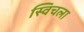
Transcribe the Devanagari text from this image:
स्विचला